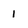
Character: 1